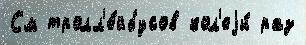
См тролл'е́йбусов кол'еjи́ раз